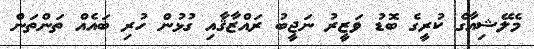
މެލޭޝިއާގެ ކުރީގެ ބޮޑު ވަޒީރު ނަޖީބު ރައްޒާޤާއި ގުޅުން ހުރި ބައެއް ތަންތަން